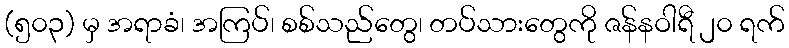
(၅၀၃) မှ အရာခံ၊ အကြပ်၊ စစ်သည်တွေ၊ တပ်သားတွေကို ဇန်နဝါရီ ၂၀ ရက်